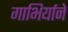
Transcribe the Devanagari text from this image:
गाभिर्याने